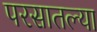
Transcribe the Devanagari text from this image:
परसातल्या